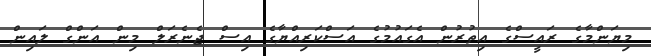
މިޔަންމާގެ ރައީސްގެ އިތުރުން އެގައުމުގެ އަސްކަރިއްޔާގެ އިސް ޖެނެރަލް މިން އަންގް ލައިން